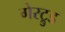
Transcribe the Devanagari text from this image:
गेरट्रुड